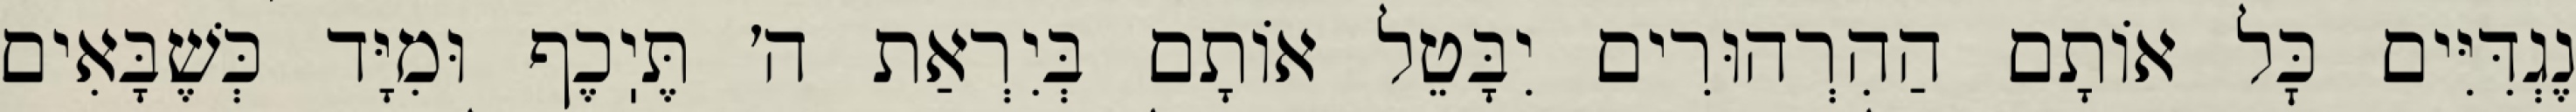
נֶגְדִּיִּים כׇּל אוֹתָם הַהִרְהוּרִים יִבָּטֵל אוֹתָם בְּיִרְאַת ה׳ תֶּיֽכֶף וּמִיָּד כְּשֶׁבָּאִים